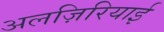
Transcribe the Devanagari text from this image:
अलज़िरियाई